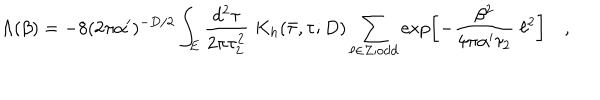
\Lambda ( \beta ) = - 8 ( 2 \pi \alpha ^ { \prime } ) ^ { - D / 2 } \int _ { E } \frac { d ^ { 2 } \tau } { 2 \pi \tau _ { 2 } ^ { 2 } } \; K _ { h } ( \bar { \tau } , \tau ; D ) \sum _ { \ell \in Z ; \mathrm { o d d } } \exp \left[ - \frac { \beta ^ { 2 } } { 4 \pi \alpha ^ { \prime } \tau _ { 2 } } \; \ell ^ { 2 } \right] \quad ,